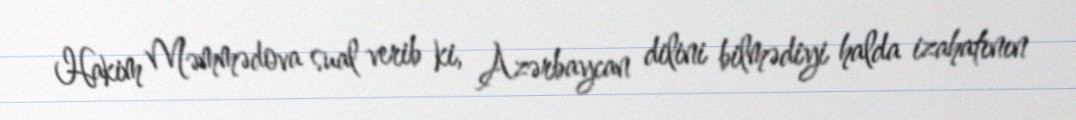
Hakim Məmmədova sual verib ki, Azərbaycan dilini bilmədiyi halda izahatının